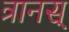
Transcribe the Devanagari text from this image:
त्रानस्